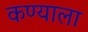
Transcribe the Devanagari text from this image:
कण्याला